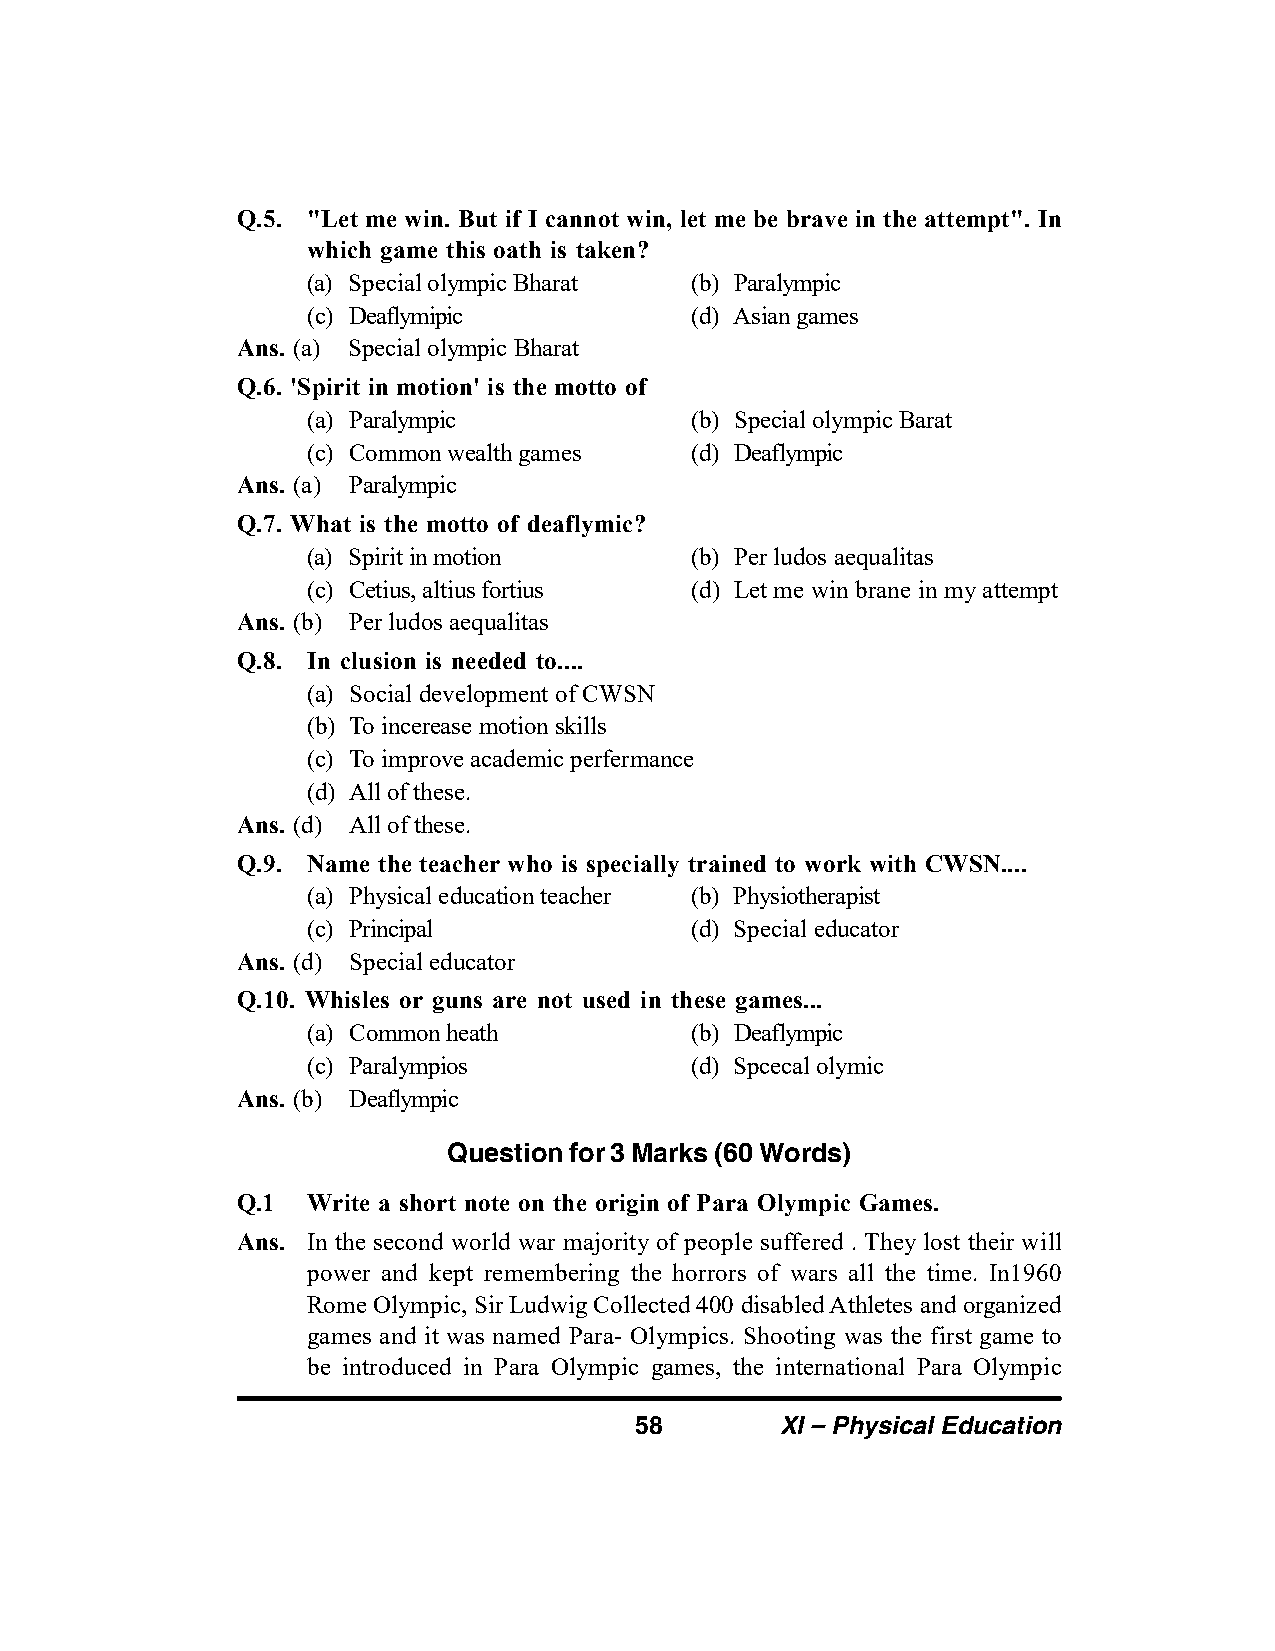
Q.5. "Let me win. But if I cannot win, let me be brave in the attempt". In
 which game this oath is taken?
 (a) Special olympic Bharat (b) Paralympic
 (c) Deaflymipic           (d) Asian games
 Ans. (a) Special olympic Bharat
 Q.6. 'Spirit in motion' is the motto of
 (a) Paralympic            (b) Special olympic Barat
 (c) Common wealth games   (d) Deaflympic
 Ans. (a) Paralympic
 Q.7. What is the motto of deaflymic?
 (a) Spirit in motion      (b) Per ludos aequalitas
 (c) Cetius, altius fortius (d) Let me win brane in my attempt
 Ans. (b) Per ludos aequalitas
 Q.8. In clusion is needed to....
 (a) Social development of CWSN
 (b) To incerease motion skills
 (c) To improve academic perfermance
 (d) All of these.
 Ans. (d) All of these.
 Q.9. Name the teacher who is specially trained to work with CWSN....
 (a) Physical education teacher (b) Physiotherapist
 (c) Principal             (d) Special educator
 Ans. (d) Special educator
 Q.10. Whisles or guns are not used in these games...
 (a) Common heath          (b) Deaflympic
 (c) Paralympios           (d) Spcecal olymic
 Ans. (b) Deaflympic
 Question for 3 Marks (60 Words)
 Q.1 Write a short note on the origin of Para Olympic Games.
 Ans. In the second world war majority of people suffered . They lost their will
 power and kept remembering the horrors of wars all the time. In1960
 Rome Olympic, Sir Ludwig Collected 400 disabled Athletes and organized
 games and it was named Para- Olympics. Shooting was the first game to
 be introduced in Para Olympic games, the international Para Olympic
 58        XI – Physical Education